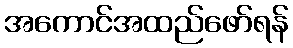
အကောင်အထည်ဖော်ရန်